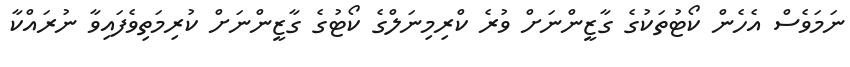
ނަމަވެސް އެހެން ކޯޓުތަކުގެ ގާޒީންނަށް ވުރެ ކްރިމިނަލްގެ ކޯޓުގެ ގާޒީންނަށް ކުރިމަތިވެފައިވާ ނުރައްކާ